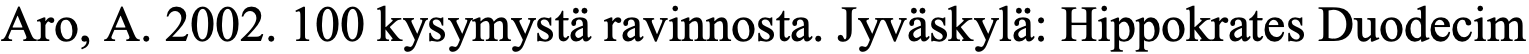
Aro, A. 2002. 100 kysymystä ravinnosta. Jyväskylä: Hippokrates Duodecim